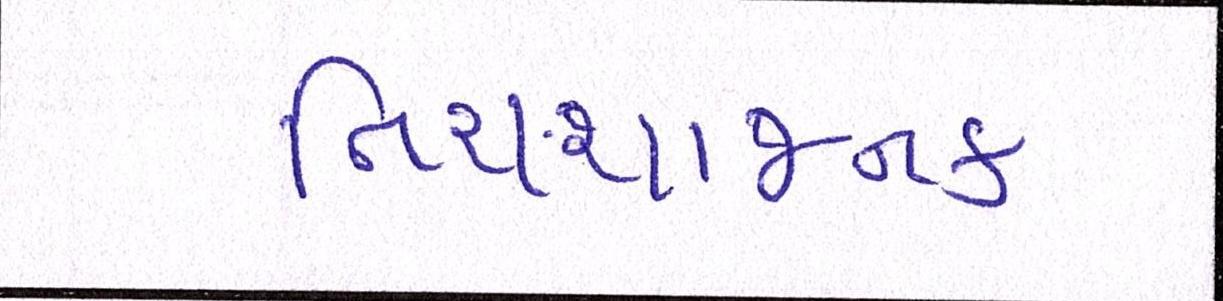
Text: નિરાશાજનક